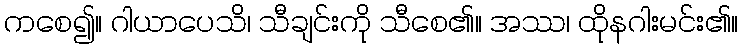
ကစေ၍။ ဂါယာပေသိ၊ သီချင်းကို သီစေ၏။ အဿ၊ ထိုနဂါးမင်း၏။